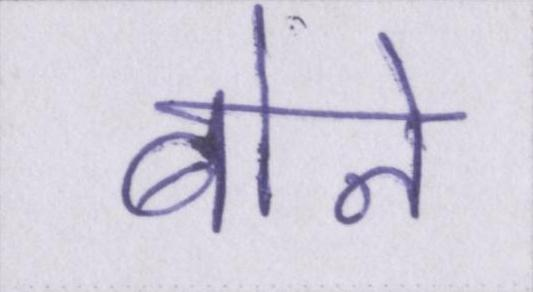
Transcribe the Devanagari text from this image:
बोन